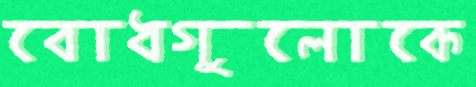
বোধগুলোকে